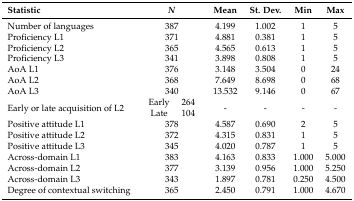
| Statistic | <COLSPAN=2> N | Mean | St. Dev. | Min | Max |
 | --- | --- | --- | --- | --- | --- | --- |
 | Number of languages | <COLSPAN=2> 387 | 4.199 | 1.002 | 1 | 5 |
 | Proficiency L1 | <COLSPAN=2> 371 | 4.881 | 0.381 | 1 | 5 |
 | Proficiency L2 | <COLSPAN=2> 365 | 4.565 | 0.613 | 1 | 5 |
 | Proficiency L3 | <COLSPAN=2> 341 | 3.898 | 0.808 | 1 | 5 |
 | AoA L1 | <COLSPAN=2> 376 | 3.148 | 3.504 | 0 | 24 |
 | AoA L2 | <COLSPAN=2> 368 | 7.649 | 8.698 | 0 | 68 |
 | AoA L3 | <COLSPAN=2> 340 | 13.532 | 9.146 | 0 | 67 |
 | <ROWSPAN=2> Early or late acquisition of L2 | Early | 264 | <ROWSPAN=2> - | <ROWSPAN=2> - | <ROWSPAN=2> - | <ROWSPAN=2> - |
 | Late | 104 |
 | Positive attitude L1 | <COLSPAN=2> 378 | 4.587 | 0.690 | 2 | 5 |
 | Positive attitude L2 | <COLSPAN=2> 372 | 4.315 | 0.831 | 1 | 5 |
 | Positive attitude L3 | <COLSPAN=2> 345 | 4.020 | 0.787 | 1 | 5 |
 | Across-domain L1 | <COLSPAN=2> 383 | 4.163 | 0.833 | 1.000 | 5.000 |
 | Across-domain L2 | <COLSPAN=2> 377 | 3.139 | 0.956 | 1.000 | 5.250 |
 | Across-domain L3 | <COLSPAN=2> 343 | 1.897 | 0.781 | 0.250 | 4.500 |
 | Degree of contextual switching | <COLSPAN=2> 365 | 2.450 | 0.791 | 1.000 | 4.670 |